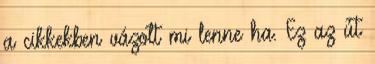
a cikkekben vázolt mi lenne ha. Ez az út